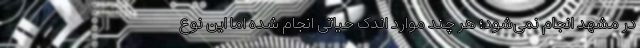
در مشهد انجام نمی‌شود؛ هر چند موارد اندک حیاتی انجام شده اما این نوع